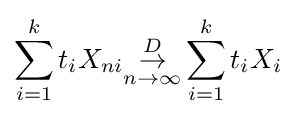
\sum _{i=1}^{k}t_{i}X_{ni}{\overset {D}{\underset {n\rightarrow \infty }{\rightarrow }}}\sum _{i=1}^{k}t_{i}X_{i}